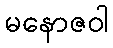
မနောဇဝါ